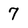
Character: 7